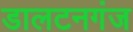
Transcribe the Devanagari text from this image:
डालटनगंज